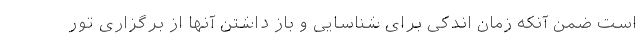
است ضمن آنکه زمان اندکی برای شناسایی و باز داشتن آنها از برگزاری تور